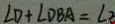
\angle D + \angle D B A = \angle 3